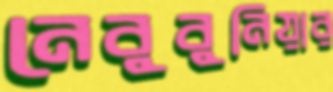
নেবুবুনিয়ার